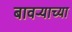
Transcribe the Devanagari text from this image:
बावऱ्याच्या